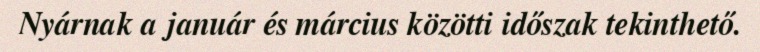
Nyárnak a január és március közötti időszak tekinthető.